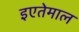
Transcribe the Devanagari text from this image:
इएतेमाल